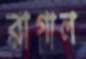
রাগাল